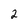
Character: 2